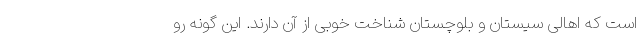
است که اهالی سیستان و بلوچستان شناخت خوبی از آن دارند. این گونه رو